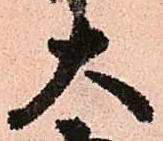
大